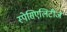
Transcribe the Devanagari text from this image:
स्पेसिएलिटीज